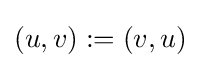
(u,v):=(v,u)